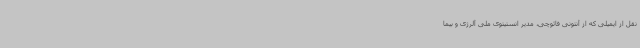
نقل از ایمیلی که از آنتونی فائوچی، مدیر انستیتوی ملی آلرژی و بیما